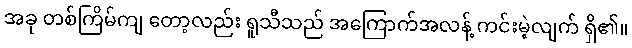
အခု တစ်ကြိမ်ကျ တော့လည်း ရူသီသည် အကြောက်အလန့် ကင်းမဲ့လျက် ရှိ၏။